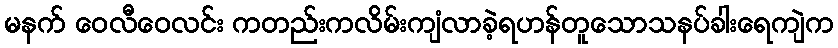
မနက် ဝေလီဝေလင်း ကတည်းကလိမ်းကျံလာခဲ့ရဟန်တူသောသနပ်ခါးရေကျဲက